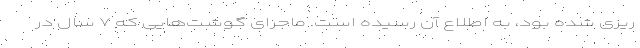
ریزی شده بود، به اطلاع آن رسیده است. ماجرای گوشت‌هایی که ۷ سال در